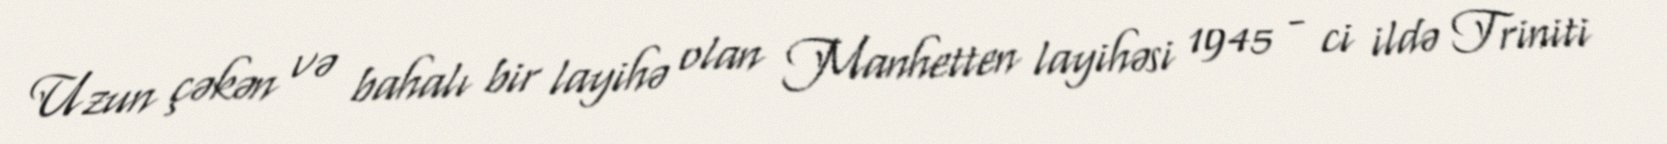
Uzun çəkən və bahalı bir layihə olan Manhetten layihəsi 1945 - ci ildə Triniti